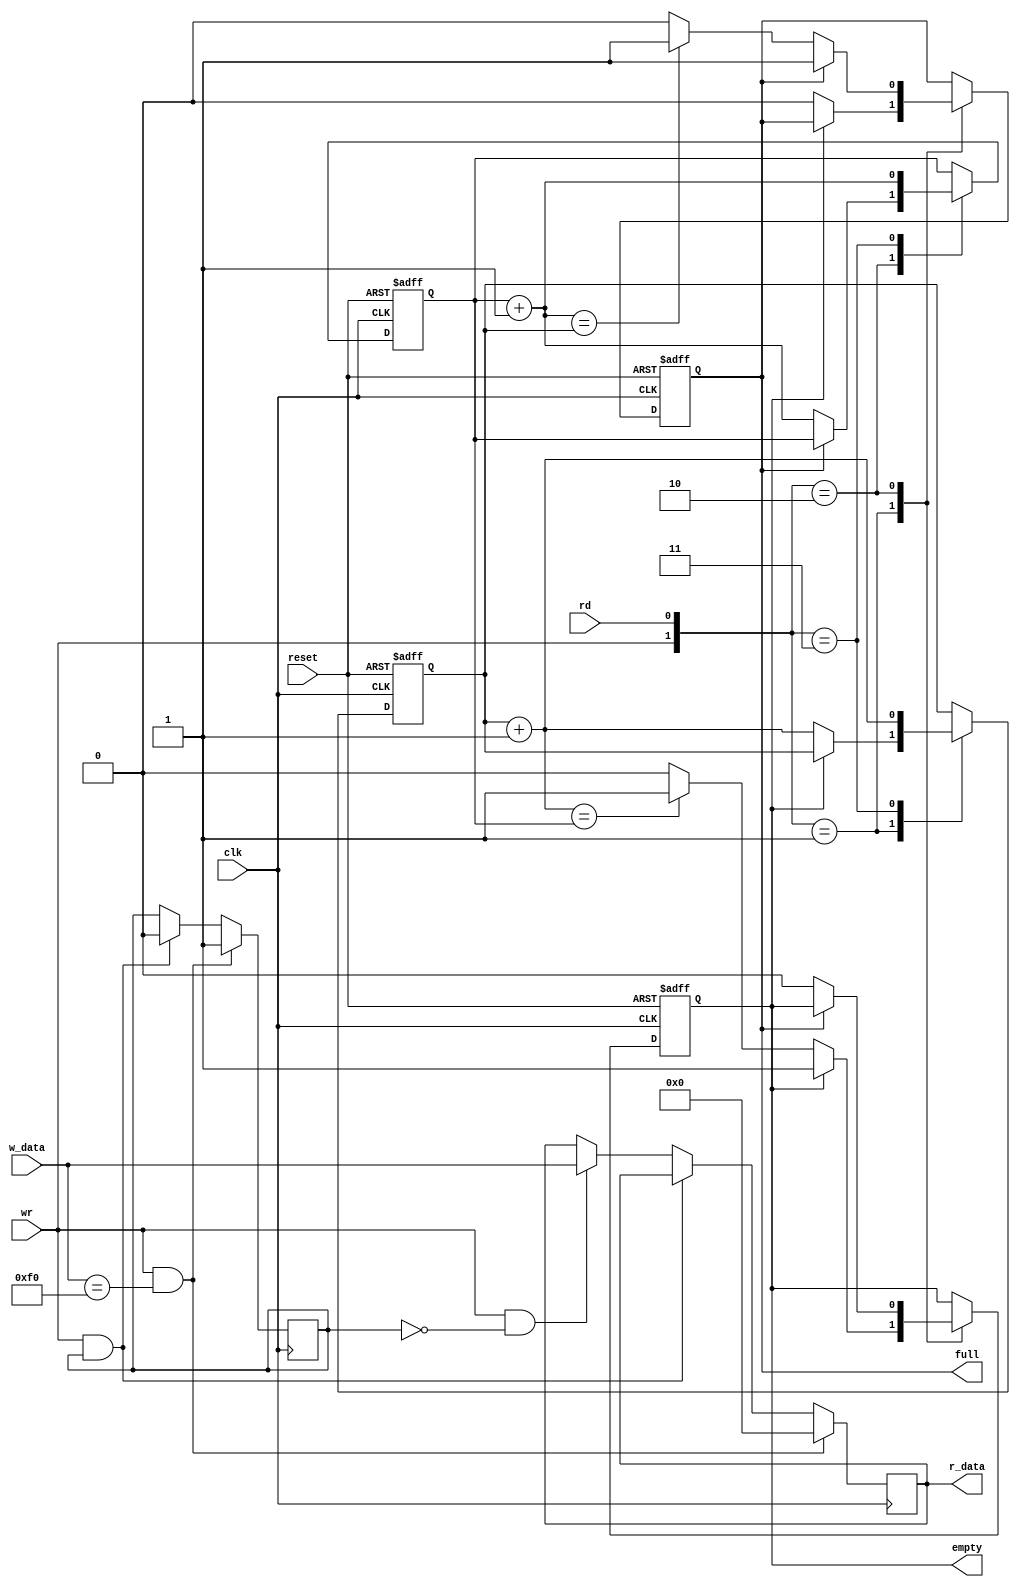
// From Pong Chu, "FPGA Protyping by Verilog Examples", Listing 4.20
// Modified by Lukas Boler, Johnny Ung 22 Apr 2011
module fifo
   #(
    parameter B=8, // number of bits in a word
              W=1  // number of address bits
   )
   (
    input wire clk, reset,
    input wire rd, wr,
    input wire [B-1:0] w_data,
    output wire empty, full,
    output wire [B-1:0] r_data
   );

   // constant declaration
   localparam BRK = 8'hf0; // break code

   //signal declaration
   reg [B-1:0] array_reg;  // register array
   reg [W-1:0] w_ptr_reg, w_ptr_next, w_ptr_succ;
   reg [W-1:0] r_ptr_reg, r_ptr_next, r_ptr_succ;
   reg full_reg, empty_reg, full_next, empty_next;
   wire wr_en;
   reg ignore_next=0;
	
   // body
   // register file write operation
   always @(posedge clk) begin
    if (wr_en && w_data==BRK) begin
         array_reg <= 8'b00000000;
         ignore_next <= 1;
       end
    else if (wr_en && ignore_next)
         ignore_next <= 0; 
    else if (wr_en && ~ignore_next)
         array_reg <= w_data;
		end
		//if (wr_en)
   //      array_reg <= w_data;
		
   // register file read operation
   assign r_data = array_reg;
   // write enabled only when FIFO is not full
   assign wr_en = wr;

   // fifo control logic
   // register for read and write pointers
   always @(posedge clk, posedge reset)
      if (reset)
         begin
            w_ptr_reg <= 0;
            r_ptr_reg <= 0;
            full_reg <= 1'b0;
            empty_reg <= 1'b1;
         end
      else
         begin
            w_ptr_reg <= w_ptr_next;
            r_ptr_reg <= r_ptr_next;
            full_reg <= full_next;
            empty_reg <= empty_next;
         end

   // next-state logic for read and write pointers
   always @*
   begin
      // successive pointer values
      w_ptr_succ = w_ptr_reg + 1;
      r_ptr_succ = r_ptr_reg + 1;
      // default: keep old values
      w_ptr_next = w_ptr_reg;
      r_ptr_next = r_ptr_reg;
      full_next = full_reg;
      empty_next = empty_reg;
      case ({wr, rd})
         // 2'b00:  no op
         2'b01: // read
            if (~empty_reg) // not empty
               begin
                  r_ptr_next = r_ptr_succ;
                  full_next = 1'b0;
                  if (r_ptr_succ==w_ptr_reg)
                     empty_next = 1'b1;
               end
         2'b10: // write
            if (~full_reg) // not full
               begin
                  w_ptr_next = w_ptr_succ;
                  empty_next = 1'b0;
                  if (w_ptr_succ==r_ptr_reg)
                     full_next = 1'b1;
               end
         2'b11: // write and read
            begin
               w_ptr_next = w_ptr_succ;
               r_ptr_next = r_ptr_succ;
            end
      endcase
   end

   // output
   assign full = full_reg;
   assign empty = empty_reg;

endmodule